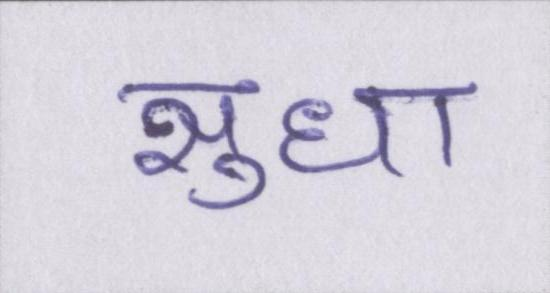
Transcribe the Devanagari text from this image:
सुधा